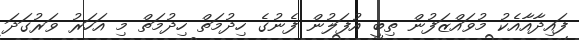
ފައިދާއާއެކު މުވައްޒަފުން ތިބީ އުފަލުން ފެނުގެ ހިދުމަތް ހިދުމަތް މި އަހަރު ވަރުގަދަ